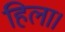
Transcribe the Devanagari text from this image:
हिला।